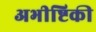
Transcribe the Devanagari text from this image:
अभीष्टिकी